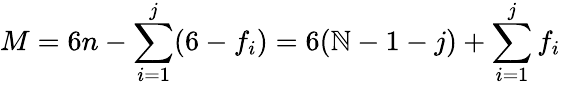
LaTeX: M=6n-\sum_{i=1}^{j}(6-f_{i})=6(\mathbb{N}-1-j)+\sum_{i=1}^{j}f_{i}